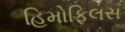
હિમોફિલસ